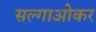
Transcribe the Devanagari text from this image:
सल्गाओकर